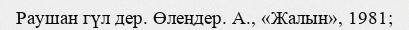
Раушан гүл дер. Өлеңдер. А., «Жалын», 1981;